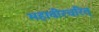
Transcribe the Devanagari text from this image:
महावीरचरित्‌